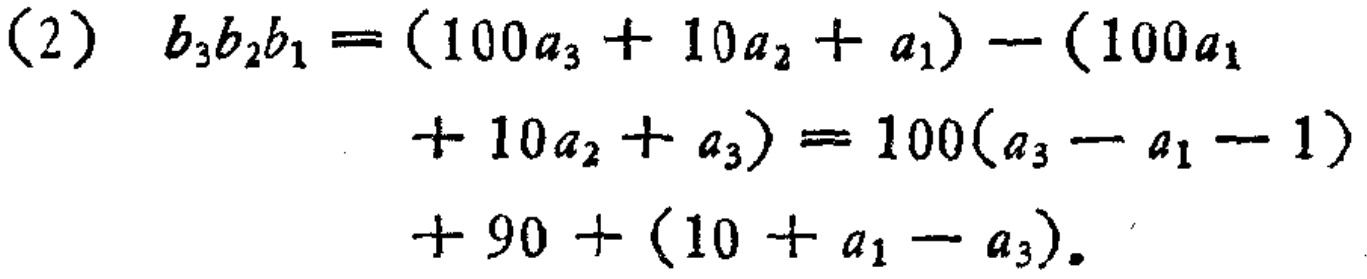
\[

\begin{align*}

(2)\ b_{3}b_{2}b_{1}&=(100a_{3}+10a_{2}+a_{1})-(100a_{1}\\

&+10a_{2}+a_{3}) = 100(a_{3}-a_{1}-1)\\

&+90+(10 + a_{1}-a_{3}).

\end{align*}

\]